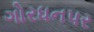
ગોરધનપર